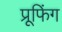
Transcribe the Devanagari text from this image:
प्रूफिंग